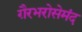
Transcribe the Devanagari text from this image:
ग़ैरभरोसेमंद